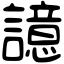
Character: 譩